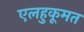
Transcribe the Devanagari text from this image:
एलहुकूमत